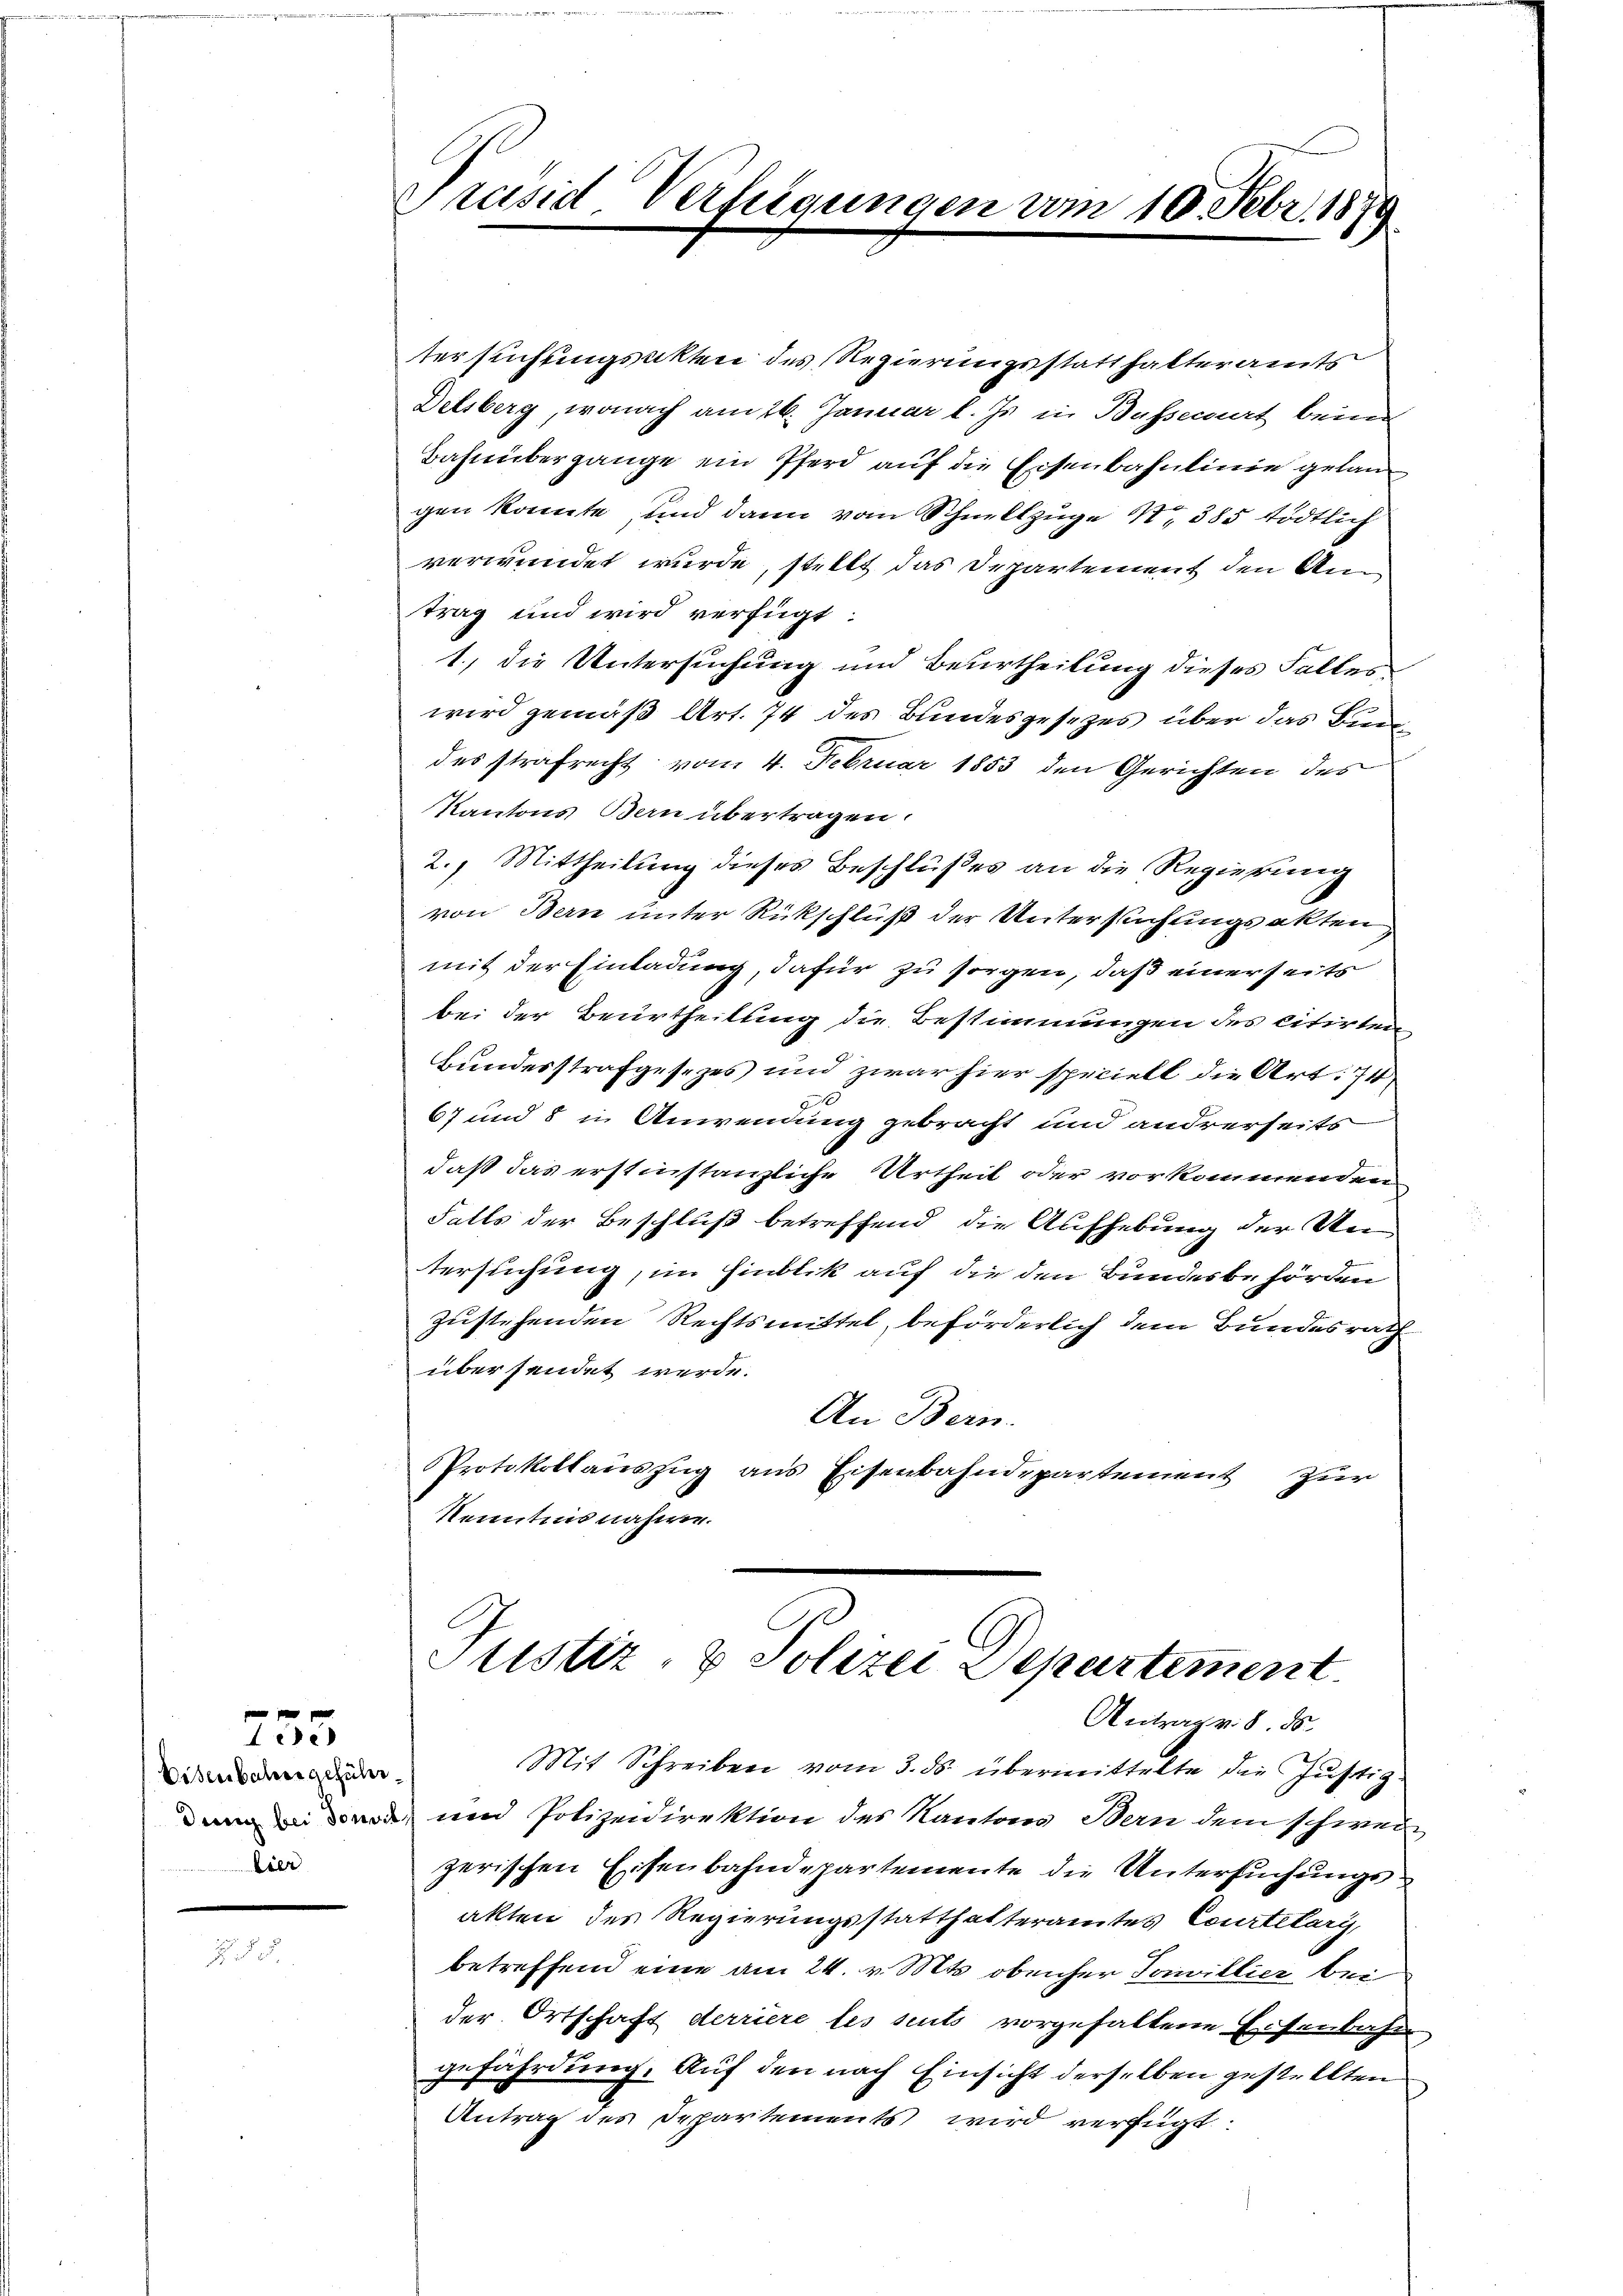
Eisenbahre geführdung bei Sonvik
Eier

255

tersuchungsakten des Regierungsstatthalteramts
Delsberg, wonach am 26. Januar l. Js. in Busserart beim
Bahnübergange ein Pferd auf die Eisenbahnlinie gelangen könnte, und dann vom Schnellzuge S. 385 tödtlich
verwundet wurde, stellt das Departement den Antrag und wird verfügt:
1., die Untersuchung und Beurtheilung dieses Falles
wird gemäß Art. 74 des Bundesgesetzes über das Bundes strafrecht vom 4. Februar 1853 den Gerichten des
Kantons Bern übertragen.
2. Mittheilung dieses Beschlußes an die Regierung
von Bern unter Rückschluß der Untersuchungsakten
mit der Einladung, dafür zu sorgen, daß einerseits
bei der Beurtheilung die Bestimmungen des citirten
Bundesstrafgesezes und zwar hier speciell die Art. 74
e
67 und 8 in Anwendung gebracht und andrerseits
daß das erstinstanzliche Urtheil oder vorkommenden
Falls der Beschluß betreffend die Aufhebung der Untersuchung, im Hinblik auf die den Bundesbehörden
zustehenden Rechtsmittel, beförderlich dem Bundesrath
übersendet werde.
An Bern.
Protokollauszug aus Eisenbahndepartement zur
Kenntnis nahme.

Präsid Verlegungen vom 10. Febr. 1879

Justiz- & Polizei Departement
Antrag v. 8. ds.

Mit Schreiben vom 3. ds. übermittelte die Justiz
und Polizeidirektion des Kantons Bern dem schweizerischen Eisenbahndepartemente die Untersuchungsakten des Regierungsstatthalteramtes Courtelary,
betreffend eine am 24. v. Mts. obenher Pavillier bei
der Ortschaft derriere des seits vorgehaltene Eisenbahn
gefährdung. Auf den nach Einsicht derselben gestellten
Antrag des Departements wird verfügt: